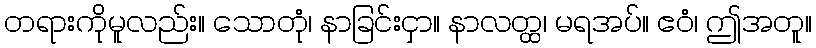
တရားကိုမူလည်း။ သောတုံ၊ နာခြင်းငှာ။ နာလတ္ထ၊ မရအပ်။ ဧဝံ၊ ဤအတူ။